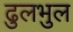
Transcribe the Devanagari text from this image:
ढुलभुल